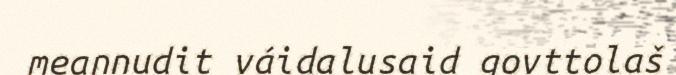
meannudit váidalusaid govttolaš